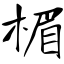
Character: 楣